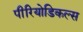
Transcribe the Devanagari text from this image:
पीरियोडिकल्स